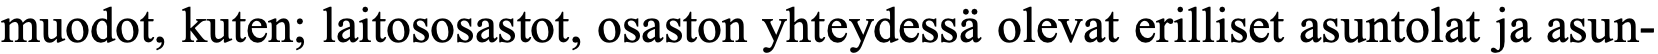
muodot, kuten; laitososastot, osaston yhteydessä olevat erilliset asuntolat ja asun-